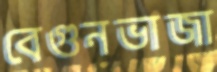
বেগুনভাজা